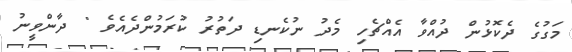
މަގުގެ ދެކޮޅުން ދުއްވާ އެއްޗެހި މެދު ނުކެނޑި ދަތުރު ކުރަމުންދެއެވެ " ދާންވީނު